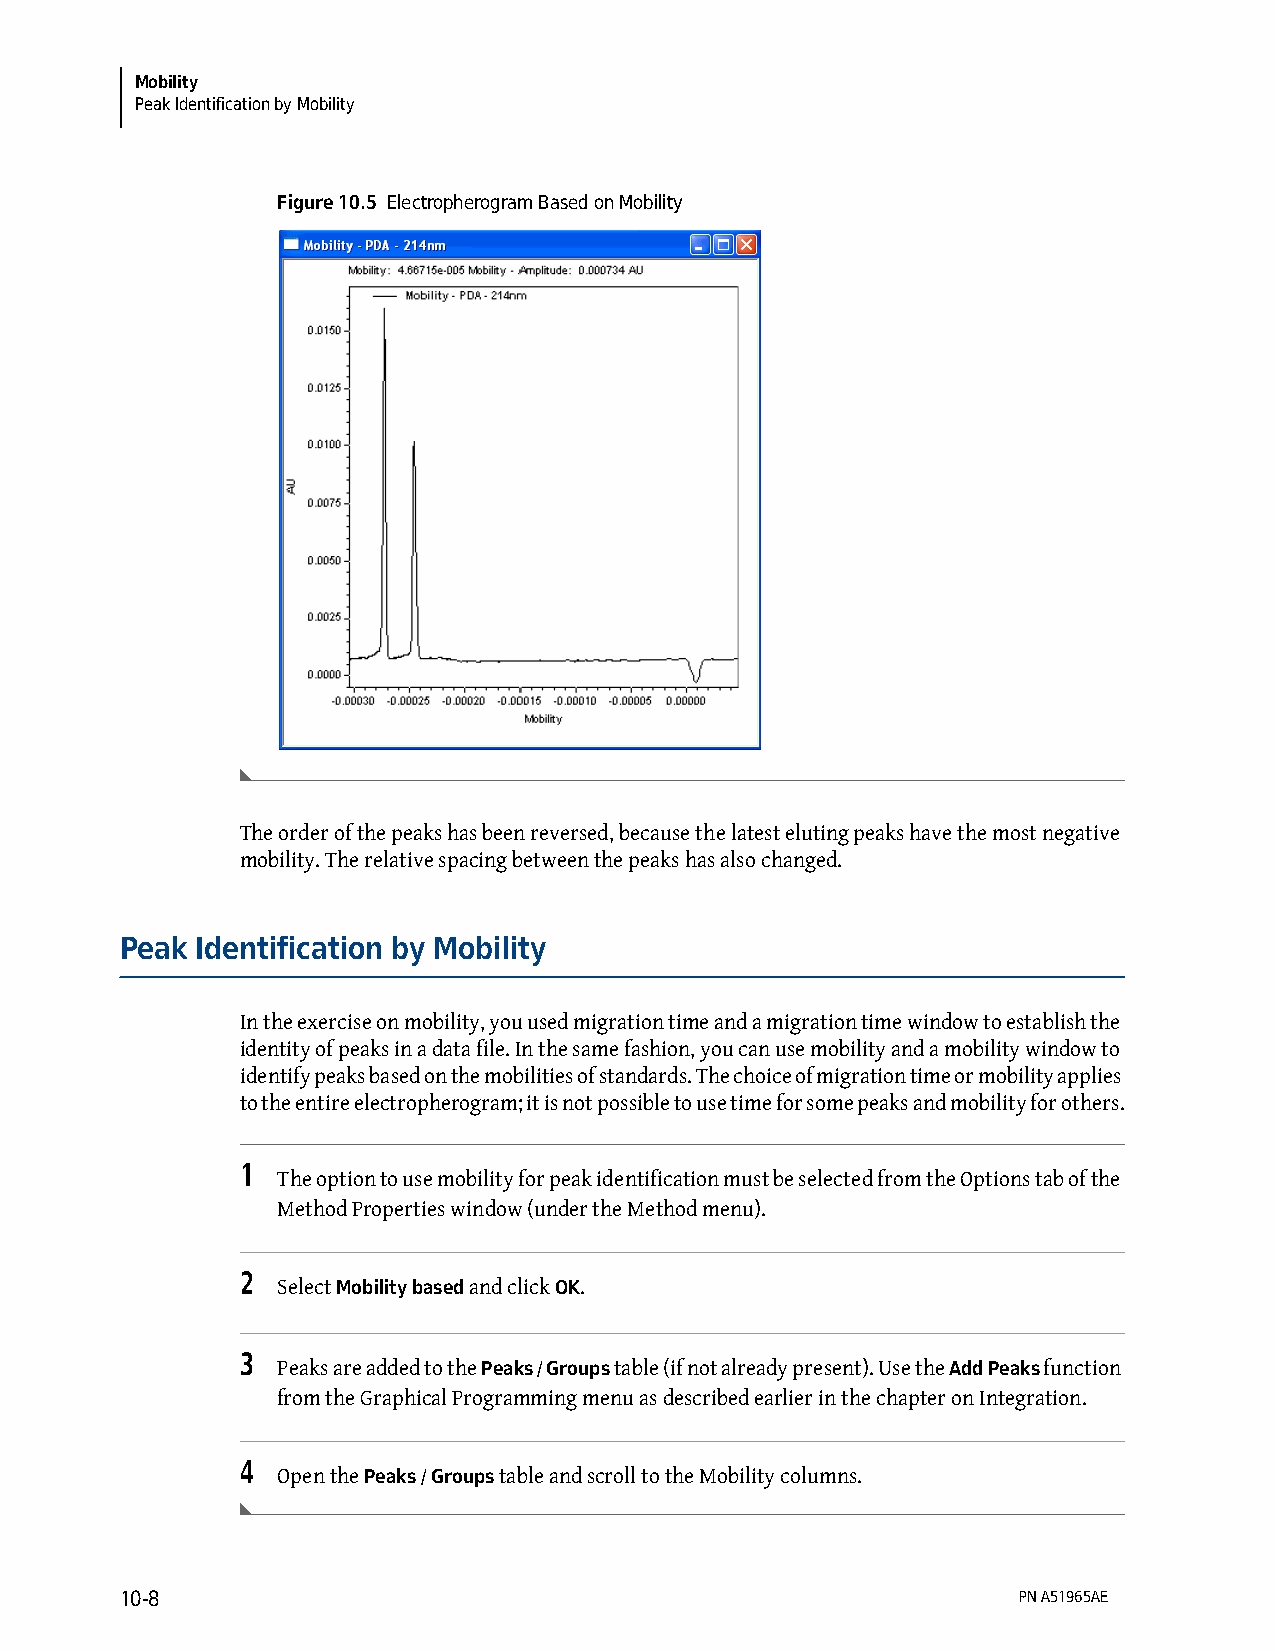
Mobility
 Peak Identification by Mobility
 Figure 10.5 Electropherogram Based on Mobility
 The order of the peaks has been reversed, because the latest eluting peaks have the most negative
 mobility. The relative spacing between the peaks has also changed.
 Peak Identification by Mobility
 In the exercise on mobility, you used migration time and a migration time window to establish the
 identity of peaks in a data file. In the same fashion, you can use mobility and a mobility window to
 identify peaks based on the mobilities of standards. The choice of migration time or mobility applies
 to the entire electropherogram; it is not possible to use time for some peaks and mobility for others.
 1
 The option to use mobility for peak identification must be selected from the Options tab of the
 Method Properties window (under the Method menu).
 2
 Select Mobility based and click OK.
 3
 Peaks are added to the Peaks / Groups table (if not already present). Use the Add Peaks function
 from the Graphical Programming menu as described earlier in the chapter on Integration.
 4
 Open the Peaks / Groups table and scroll to the Mobility columns.
 10-8                                                       PN A51965AE